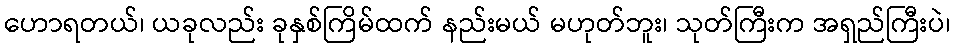
ဟောရတယ်၊ ယခုလည်း ခုနှစ်ကြိမ်ထက် နည်းမယ် မဟုတ်ဘူး၊ သုတ်ကြီးက အရှည်ကြီးပဲ၊